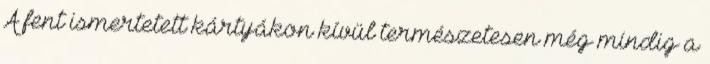
A fent ismertetett kártyákon kívül természetesen még mindig a